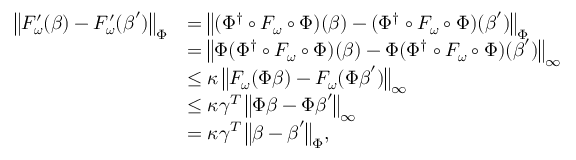
\begin{array} { r l } { \bigl \| F _ { \boldsymbol { \omega } } ^ { \prime } ( \boldsymbol { \beta } ) - F _ { \boldsymbol { \omega } } ^ { \prime } ( \boldsymbol { \beta } ^ { \prime } ) \bigr \| _ { \Phi } } & { = \bigl \| ( \Phi ^ { \dagger } \circ F _ { \boldsymbol { \omega } } \circ \Phi ) ( \boldsymbol { \beta } ) - ( \Phi ^ { \dagger } \circ F _ { \boldsymbol { \omega } } \circ \Phi ) ( \boldsymbol { \beta } ^ { \prime } ) \bigr \| _ { \Phi } } \\ & { = \bigl \| \Phi ( \Phi ^ { \dagger } \circ F _ { \boldsymbol { \omega } } \circ \Phi ) ( \boldsymbol { \beta } ) - \Phi ( \Phi ^ { \dagger } \circ F _ { \boldsymbol { \omega } } \circ \Phi ) ( \boldsymbol { \beta } ^ { \prime } ) \bigr \| _ { \infty } } \\ & { \le \kappa \, \bigl \| F _ { \boldsymbol { \omega } } ( \Phi \boldsymbol { \beta } ) - F _ { \boldsymbol { \omega } } ( \Phi \boldsymbol { \beta } ^ { \prime } ) \bigr \| _ { \infty } } \\ & { \leq \kappa \gamma ^ { T } \, \bigl \| \Phi \boldsymbol { \beta } - \Phi \boldsymbol { \beta } ^ { \prime } \bigr \| _ { \infty } } \\ & { = \kappa \gamma ^ { T } \, \bigl \| \boldsymbol { \beta } - \boldsymbol { \beta } ^ { \prime } \bigr \| _ { \Phi } , } \end{array}